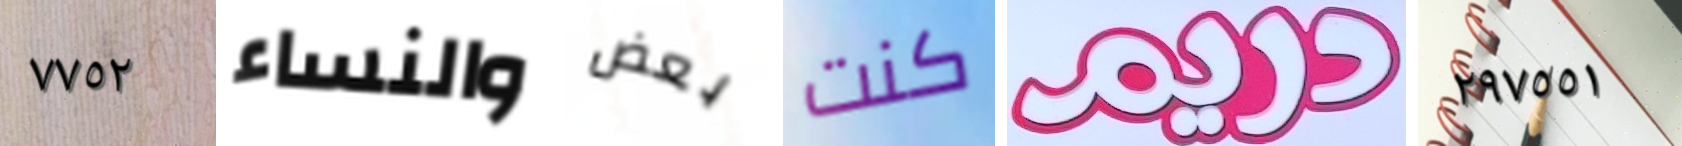
٧٧٥٢ والنساء بعض كنت دريم ٢٩٧٥٥١